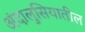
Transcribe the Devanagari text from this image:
अंदालुसियातील